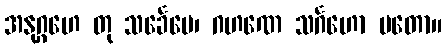
အနုဂ္ဂဟေ တု သင်္ခေပေ၊ ဂဟဏေ သင်္ဂဟော မတော။